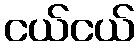
ငယ်ငယ်